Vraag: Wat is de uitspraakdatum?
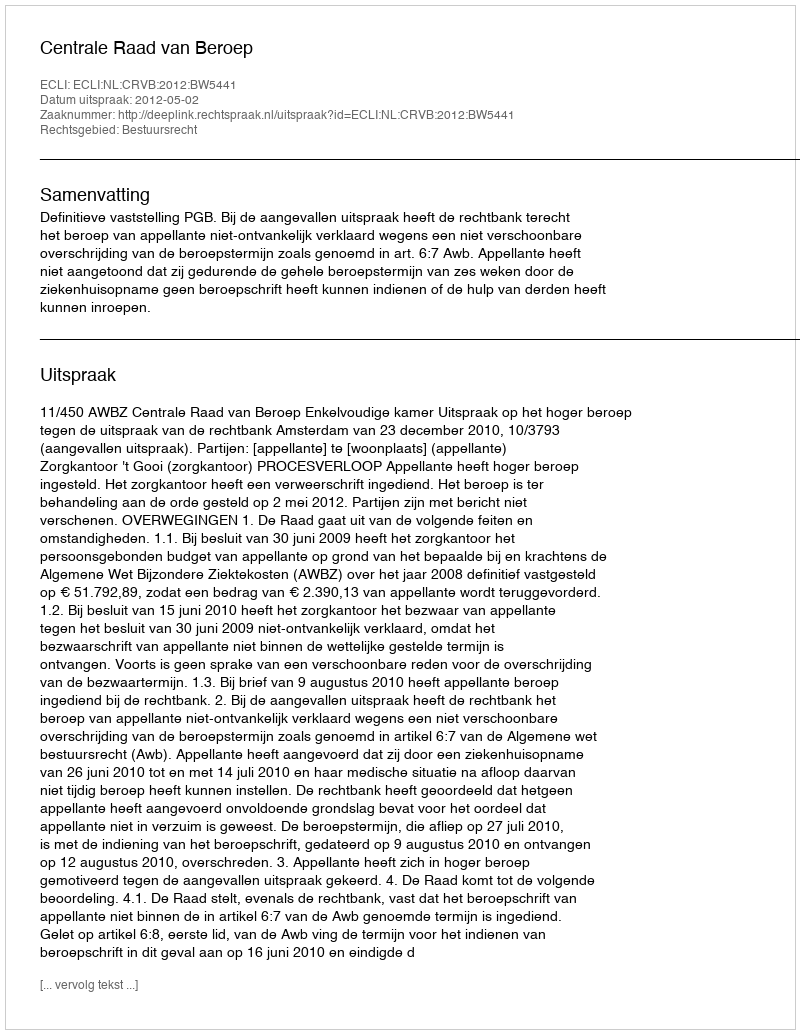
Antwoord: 2012-05-02